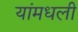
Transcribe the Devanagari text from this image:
यांमधली